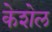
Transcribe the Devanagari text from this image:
केशेल